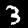
Digit: 3